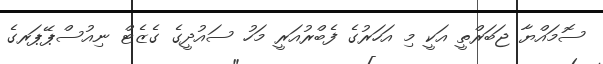
ސޮމައްޔާ ޖަބަރްތީ އަކީ މި އަހަރުގެ ފެބްރުއަރީ މަހު ސައުދީގެ ގެޒެޓް ނިއުސްޕޭޕަރގެ